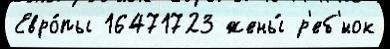
Евро́пы 16471723 жены́ р'еб'́нок